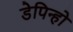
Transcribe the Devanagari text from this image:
डेपिन्हो